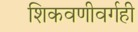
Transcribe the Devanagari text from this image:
शिकवणीवर्गही